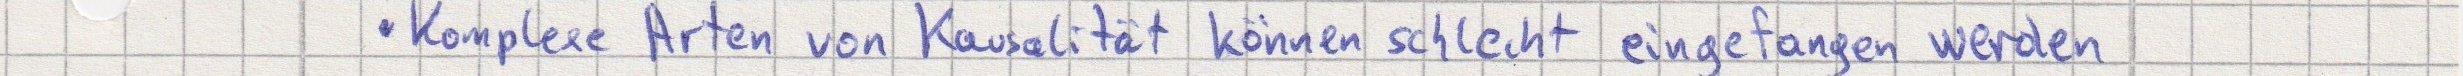
Komplexe Arten von Kausalität können schlecht eingefangen werden